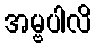
အမ္ဗပါလိ